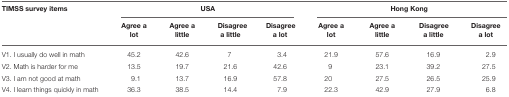
| TIMSS survey items | <COLSPAN=4> USA | <COLSPAN=4> Hong Kong |
 |  | Agree a lot | Agree a little | Disagree a little | Disagree a lot | Agree a lot | Agree a little | Disagree a little | Disagree a lot |
 | --- | --- | --- | --- | --- | --- | --- | --- | --- |
 | V1. I usually do well in math | 45.2 | 42.6 | 7 | 3.4 | 21.9 | 57.6 | 16.9 | 2.9 |
 | V2. Math is harder for me | 13.5 | 19.7 | 21.6 | 42.6 | 9 | 23.1 | 39.2 | 27.5 |
 | V3. I am not good at math | 9.1 | 13.7 | 16.9 | 57.8 | 20 | 27.5 | 26.5 | 25.9 |
 | V4. I learn things quickly in math | 36.3 | 38.5 | 14.4 | 7.9 | 22.3 | 42.9 | 27.9 | 6.8 |